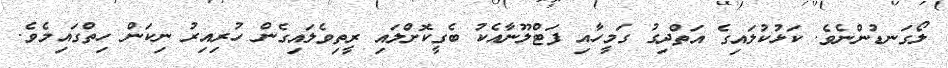
ލޯގަނޑުންނެވެ. ކަޅުކުލައިގެ އަތްދިގު ގަމީހާއި ފަޓްލޫނާއެކު ބެގީކޮށްލައި ރީތިވެލައިގެން ހުރިއިރު ނިކަން ހިތްގައިމެވެ.